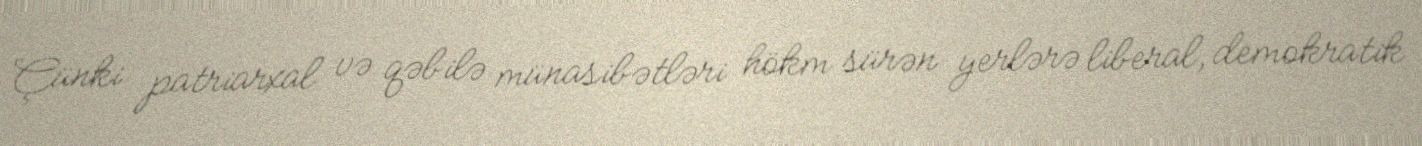
Çünki patriarxal və qəbilə münasibətləri hökm sürən yerlərə liberal, demokratik